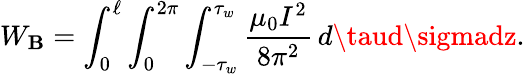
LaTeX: W_{\mathbf{B}}=\int_{0}^{\ell}\int_{0}^{2\pi}\int_{-\tau_{w}}^{\tau_{w}}{\frac{{\mu_{0}I^{2}}}{{8\pi^{2}}}}\, d\taud\sigmadz.